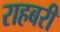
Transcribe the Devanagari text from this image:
राहबरी